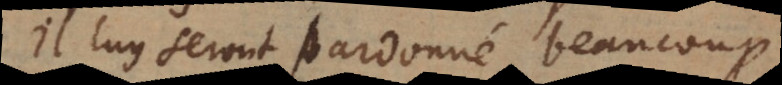
Il luy seront pardonné beaucoup